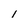
Character: I